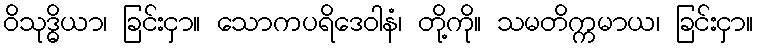
ဝိသုဒ္ဓိယာ၊ ခြင်းငှာ။ သောကပရိဒေဝါနံ၊ တို့ကို။ သမတိက္ကမာယ၊ ခြင်းငှာ။